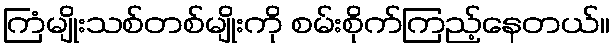
ကြံမျိုးသစ်တစ်မျိုးကို စမ်းစိုက်ကြည့်နေတယ်။